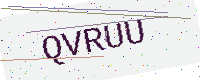
Text: QVRUU